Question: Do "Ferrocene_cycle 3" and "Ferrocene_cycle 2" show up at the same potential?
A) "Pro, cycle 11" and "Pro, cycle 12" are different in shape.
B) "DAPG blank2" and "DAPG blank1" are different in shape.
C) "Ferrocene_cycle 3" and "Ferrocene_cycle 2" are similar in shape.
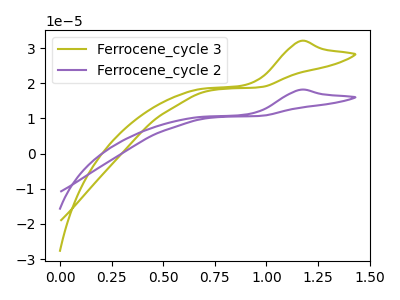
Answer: <think>The olive curve "Ferrocene_cycle 3" has an anodic peak at: (1.15V, 32.00uA). The purple curve "Ferrocene_cycle 2" has an anodic peak at: (1.15V, 18.15uA).
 All the peaks in "Ferrocene_cycle 3" have a peak in "Ferrocene_cycle 2" at the same potential. Every peak in "Ferrocene_cycle 3" is higher than every peak in "Ferrocene_cycle 2".</think>
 <answer>C) "Ferrocene_cycle 3" and "Ferrocene_cycle 2" are similar in shape.</answer>
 <eval>C</eval>